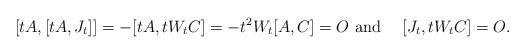
LaTeX: \begin{align*}[tA,[t A , J_t]]=-[tA,t W_tC]= - t^2 W_t [A, C] = O\mbox{ and }\quad[ J_t,t W_tC]= O.\end{align*}